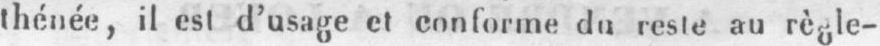
thénée, il est d’usage et conforme du reste au règle-